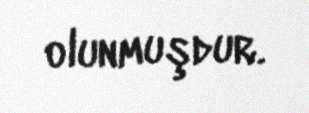
olunmuşdur.